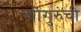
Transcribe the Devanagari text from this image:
श्रीगुरुंची